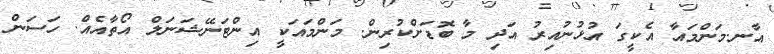
އާނ.މަންމައާ އެކީގަ އުޅުނުއިރު އަދި މާ ބޮޑަށްކުރިން. މަންމައަކީ އިންޓަނޭޝަނަލް އޯތާއެއް. ހަސަން